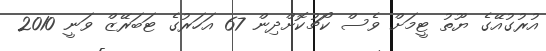
އުރުގުއޭގެ ޔޫތު ޓީމަށް ވެސް ކޯޗުކޮށްދިން 67 އަހަރުގެ ޓަބަރޭޒް ވަނީ 2010